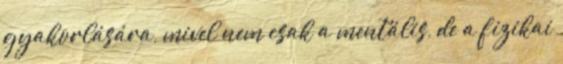
gyakorlására, mivel nem csak a mentális, de a fizikai